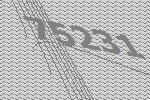
75231